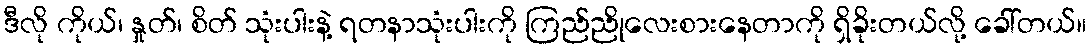
ဒီလို ကိုယ်၊ နှုတ်၊ စိတ် သုံးပါးနဲ့ ရတနာသုံးပါးကို ကြည်ညိုလေးစားနေတာကို ရှိခိုးတယ်လို့ ခေါ်တယ်။